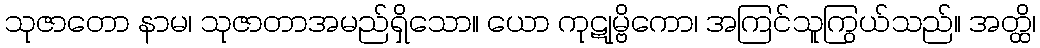
သုဇာတော နာမ၊ သုဇာတာအမည်ရှိသော။ ယော ကုဋုမ္ဗိကော၊ အကြင်သူကြွယ်သည်။ အတ္ထိ၊